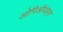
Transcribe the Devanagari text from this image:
ओपिऑयड्स